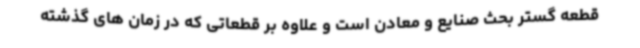
قطعه گستر بحث صنایع و معادن است و علاوه بر قطعاتی که در زمان های گذشته